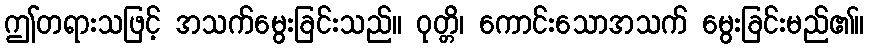
ဤတရားသဖြင့် အသက်မွေးခြင်းသည်။ ဝုတ္တိ၊ ကောင်းသောအသက် မွေးခြင်းမည်၏။